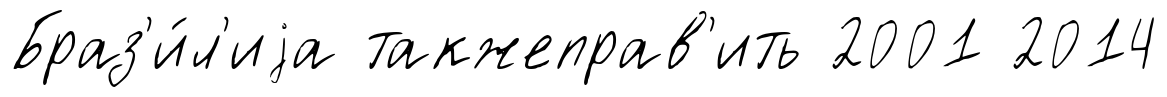
Браз'и́л'иjа такжеправ'ить 2001 2014